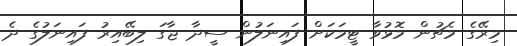
މިރޭގެ މެޗުން މޮޅުވާ ޓީމަކަށް ފައިނަލުން ސީދާ ޖާގަ ލިބޭއިރު ފައިނަލުގެ ދެ